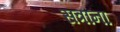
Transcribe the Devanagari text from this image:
सत्रांना